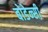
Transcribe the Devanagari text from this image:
बोडेन्सी